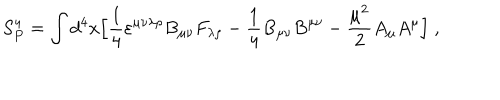
S _ { P } ^ { 4 } = \int d ^ { 4 } x \Bigl [ { \frac { 1 } { 4 } } \varepsilon ^ { \mu \nu \lambda \rho } B _ { \mu \nu } F _ { \lambda \rho } - { \frac { 1 } { 4 } } B _ { \mu \nu } B ^ { \mu \nu } - { \frac { \mu ^ { 2 } } { 2 } } A _ { \mu } A ^ { \mu } \Bigl ] \; ,